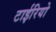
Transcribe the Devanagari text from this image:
टाईरियो